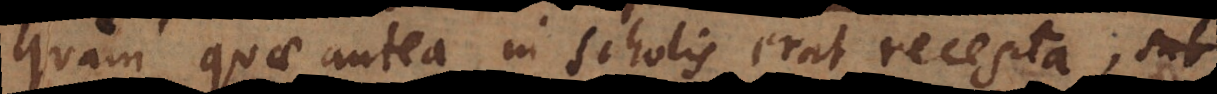
quam quae antea in scholis erat recepta;